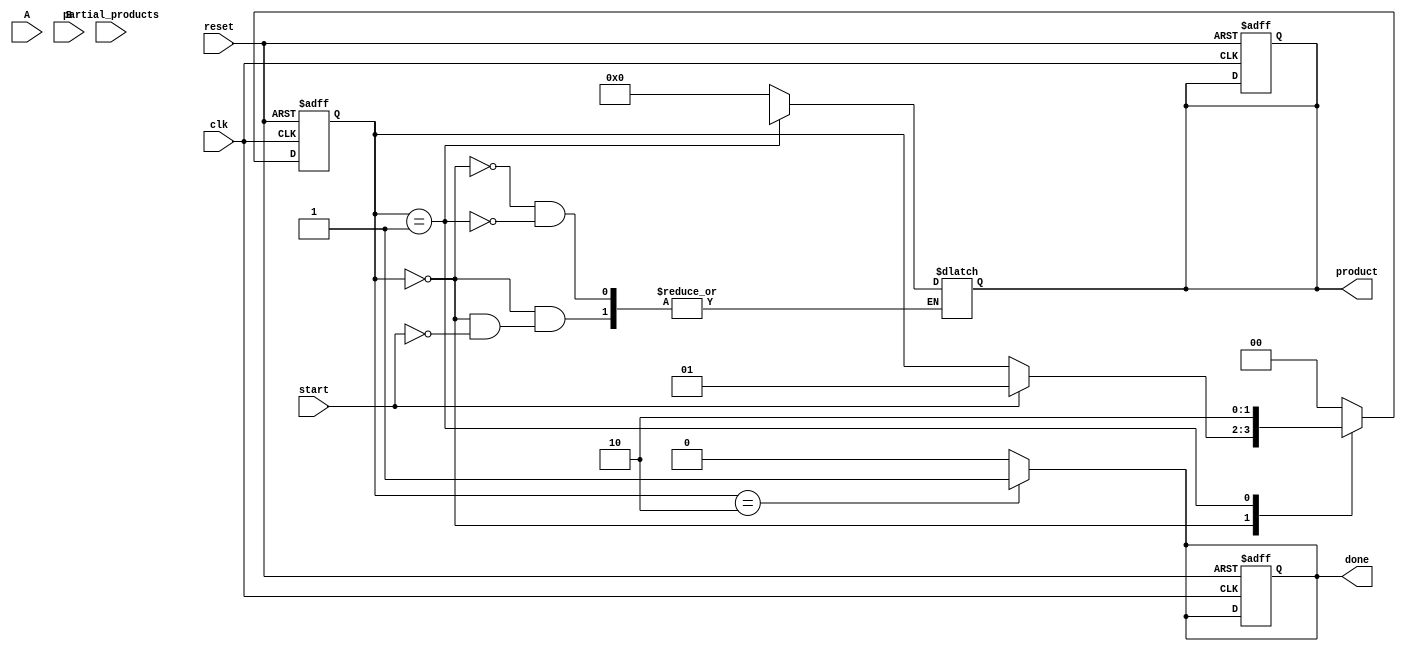
module PartialProductAccumulator #(
    parameter A_WIDTH = 8, // Width of multiplicand (A)
    parameter B_WIDTH = 8  // Width of multiplier (B)
)(
    input  [A_WIDTH-1:0] A,                     // Multiplicand
    input  [B_WIDTH-1:0] B,                     // Multiplier
    input  [(A_WIDTH+B_WIDTH-1):0] partial_products, // Bus for partial products
    input  start,                                // Control signal to start accumulation
    input  reset,                                // Asynchronous reset
    input  clk,                                  // Clock signal
    output reg [(A_WIDTH+B_WIDTH-1):0] product, // Final accumulated product
    output reg done                               // Signal indicating accumulation completion
);

// State parameters
localparam IDLE = 2'b00;
localparam ACCUMULATE = 2'b01;
localparam DONE = 2'b10;

reg [1:0] state, next_state;
integer i;

always @(posedge clk or posedge reset) begin
    if (reset) begin
        product <= 0;
        done <= 0;
        state <= IDLE;
    end else begin
        state <= next_state;
    end
end

always @(*) begin
    // Default assignments
    next_state = state;
    done = 0;

    case (state)
        IDLE: begin
            if (start) begin
                product = 0; // Clear product at start
                next_state = ACCUMULATE;
            end
        end
        
        ACCUMULATE: begin
            product = product; // Retain current product
            
            // Accumulate partial products
            for (i = 0; i < B_WIDTH; i = i + 1) begin
                product = product + partial_products[(i * A_WIDTH) +: A_WIDTH]; // Add each partial product
            end
            
            next_state = DONE; // Transition to done state after accumulation
        end

        DONE: begin
            done = 1; // Assert done signal
            next_state = IDLE; // Ready for next operation
        end
        
        default: next_state = IDLE; // Safety default
    endcase
end

endmodule